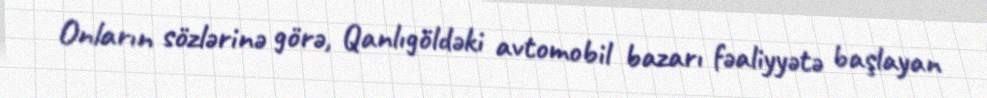
Onların sözlərinə görə, Qanlıgöldəki avtomobil bazarı fəaliyyətə başlayan